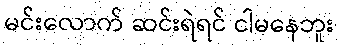
မင်းလောက် ဆင်းရဲရင် ငါမနေဘူး